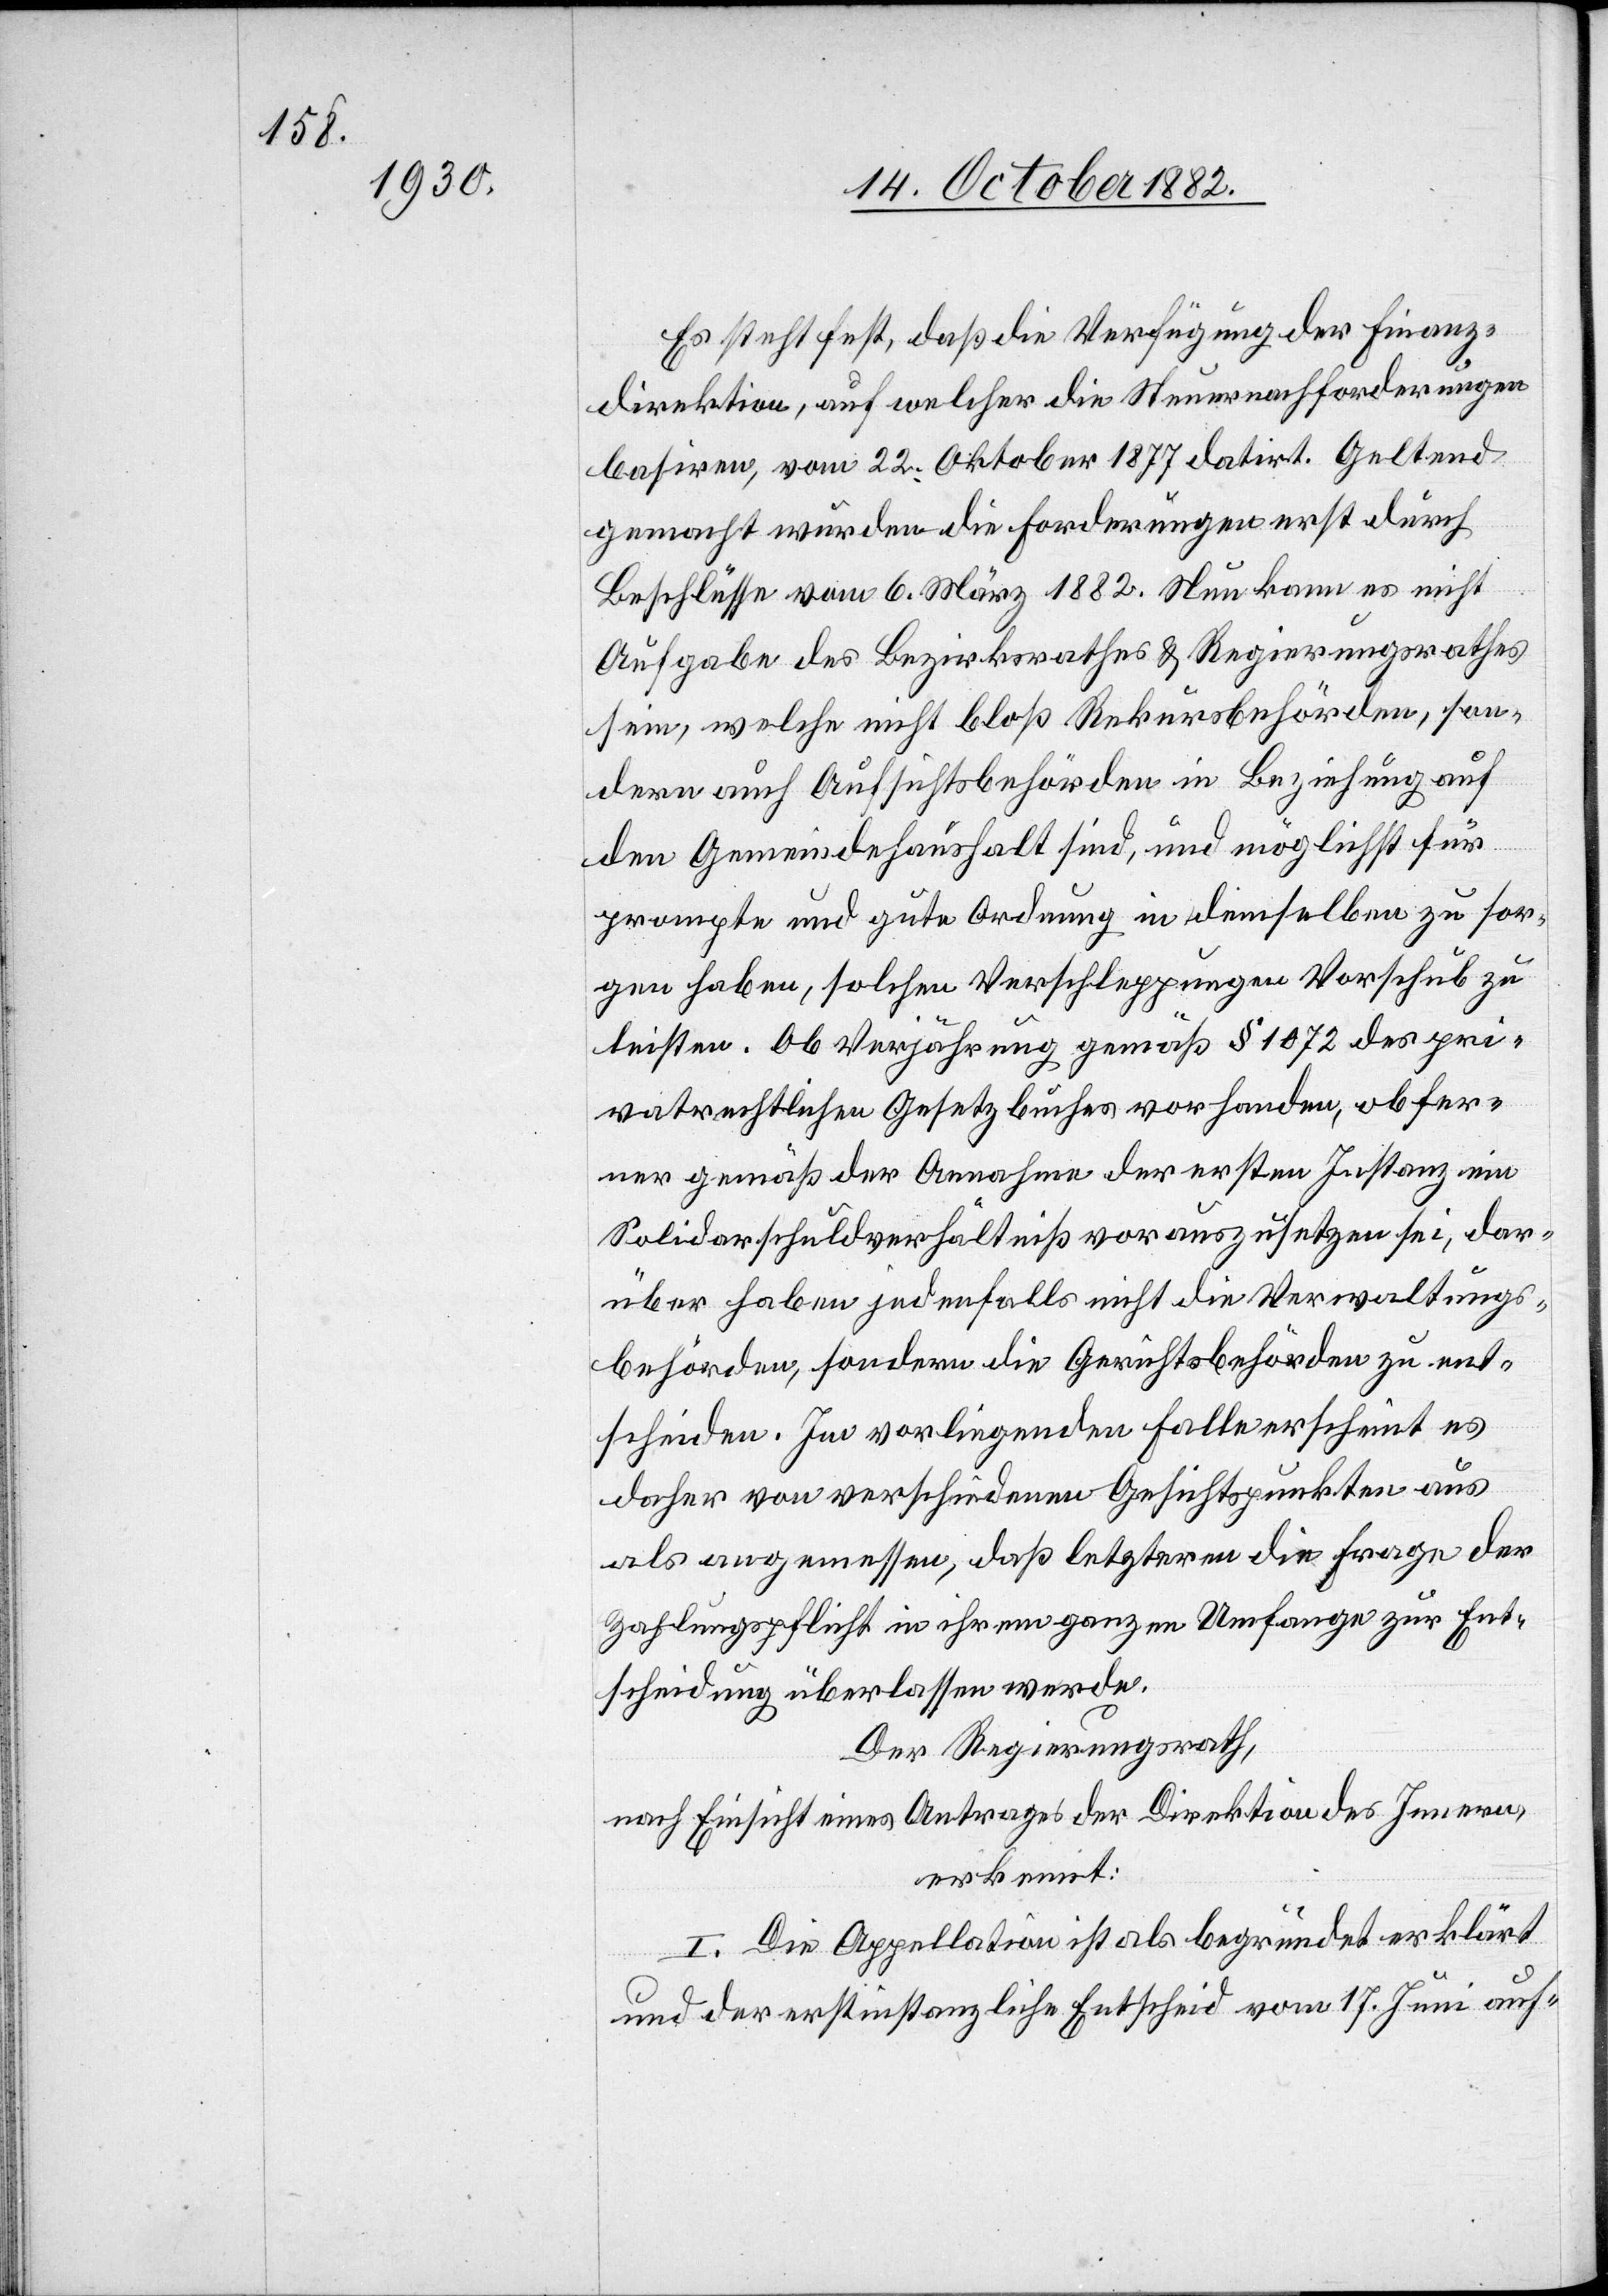
Es steht fest, daß die Verfügung der Finanz¬
direktion, auf welcher die Steuernachforderungen
basiren, vom 22. Oktober 1877 datirt. Geltend
gemacht wurden die Forderungen erst durch
Beschlüsse vom 6. März 1882. Nun kann es nicht
Aufgabe des Bezirksrathes & Regierungsrathes
sein, welche nicht bloß Rekursbehörden, son¬
dern auch Aufsichtsbehörden in Beziehung auf
den Gemeindehaushalt sind, und möglichst für
prompte und gute Ordnung in demselben zu sor¬
gen haben, solchen Verschleppungen Vorschub zu
leisten. Ob Verjährung gemäß § 1072 des pri¬
vatrechtlichen Gesetzbuches vorhanden, ob fer¬
ner gemäß der Annahme der ersten Instanz ein
Solidarschuldverhältniß vorauszusetzen sei, dar¬
über haben jedenfalls nicht die Verwaltungs¬
behörden, sondern die Gerichtsbehörden zu ent¬
scheiden. Im vorliegenden Falle erscheint es
daher von verschiedenen Gesichtspunkten aus
als angemessen, daß letzteren die Frage der
Zahlungspflicht in ihrem ganzen Umfange zur Ent¬
scheidung überlassen werde.
Der Regierungsrath,
nach Einsicht eines Antrages der Direktion des Innern,
erkennt:
I. Die Appellation ist als begründet erklärt
und der erstinstanzliche Entscheid vom 17. Juni auf-